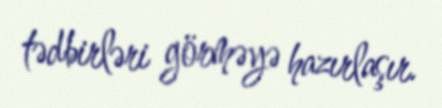
tədbirləri görməyə hazırlaşır.